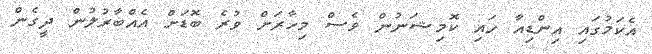
އެކަމުގައި އިންޑިއާ ހައި ކޮމިޝަނުން ވެސް މިހާރަށް ވުރެ ބޮޑަށް އެއްބާރުލުން ދީގެން